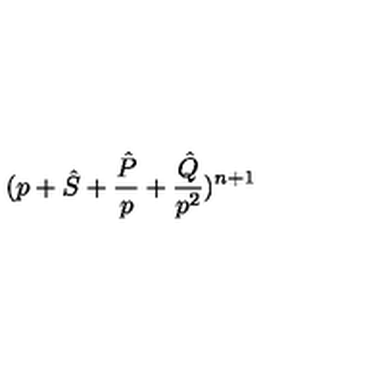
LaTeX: ( p + { \hat { S } } + \frac { \hat { P } } { p } + \frac { \hat { Q } } { p ^ { 2 } } ) ^ { n + 1 }